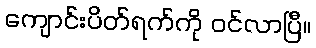
ကျောင်းပိတ်ရက်ကို ဝင်လာပြီ။